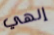
إلهي